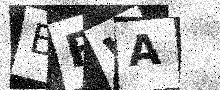
Text: BFWA